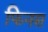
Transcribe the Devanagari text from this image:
फिनस